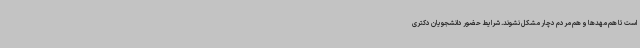
است تا هم‌ مهدها و هم مردم دچار مشکل نشوند. شرایط حضور دانشجویان دکتری